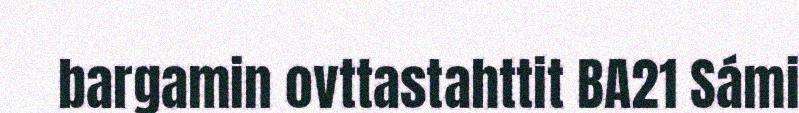
bargamin ovttastahttit BA21 Sámi